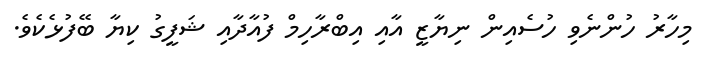
މިހާރު ހުންނެވި ހުސެއިން ނިޔާޒީ އާއި އިބްރާހިމް ފުއާދާއި ޝަފީގު ކިޔާ ބޭފުޅެކެވެ.